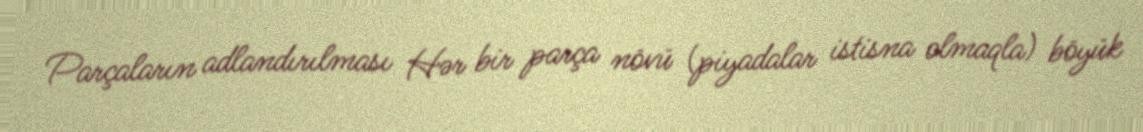
Parçaların adlandırılması Hər bir parça növü (piyadalar istisna olmaqla) böyük